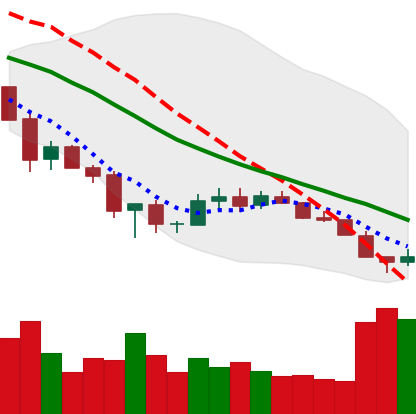
Ticker: XLM-USD
Chart end date: 2018-12-08
Forward return: -11.087%
Label: down_7plus